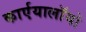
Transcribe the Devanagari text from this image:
कार्एयालाॅयो